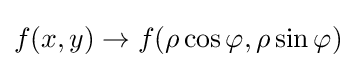
f(x,y)\rightarrow f(\rho \cos \varphi ,\rho \sin \varphi )